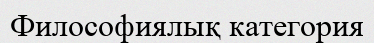
Философиялық категория